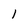
Character: l